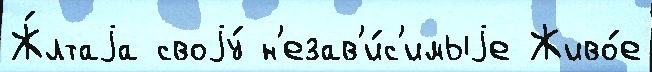
Ж́лтаjа своjу́ н'езав'и́с'имыjе Живо́е